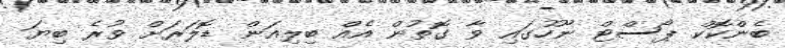
ބެންކޮކް ޕޯސްޓް ނޫހުގައި ވާ ގޮތުން އެއް ބިލިއަން ޑޮލަރަށް ވުރެ ބިޔަ